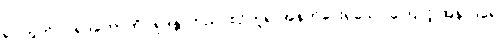
ရုပ်တွက်။ ။ ရုဒတောကို “ရုဒန္တ”တည်, စဉ်ဟူ၍ အနက်ပေးရသော ကြောင့် အနာဒရေ